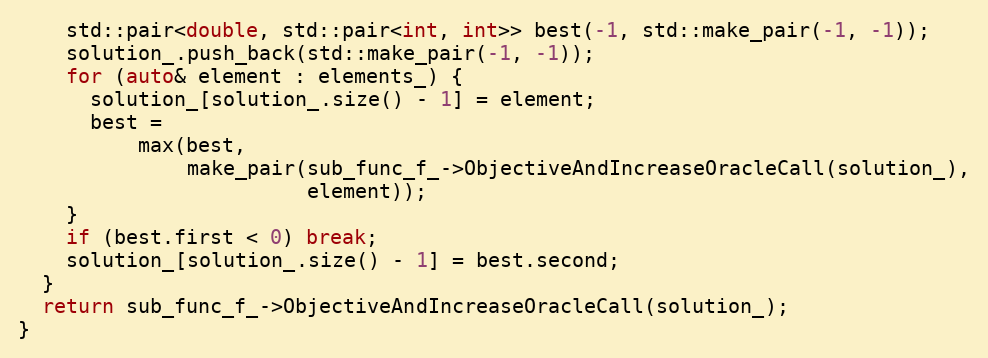
Language: C++
    std::pair<double, std::pair<int, int>> best(-1, std::make_pair(-1, -1));
    solution_.push_back(std::make_pair(-1, -1));
    for (auto& element : elements_) {
      solution_[solution_.size() - 1] = element;
      best =
          max(best,
              make_pair(sub_func_f_->ObjectiveAndIncreaseOracleCall(solution_),
                        element));
    }
    if (best.first < 0) break;
    solution_[solution_.size() - 1] = best.second;
  }
  return sub_func_f_->ObjectiveAndIncreaseOracleCall(solution_);
}